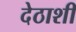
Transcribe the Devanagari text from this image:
देठाशी